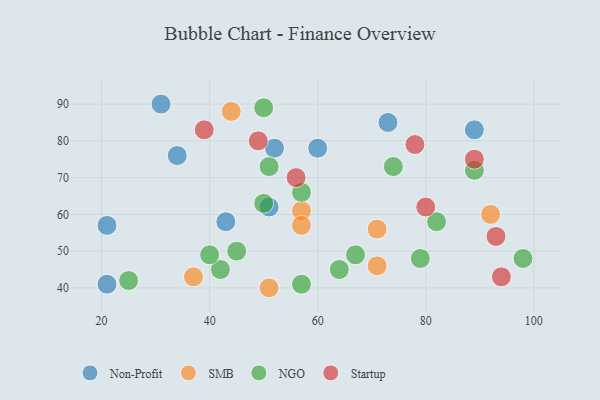
{"axis": {"x": "GDP", "y": "Life Expectancy"}, "legend": ["NGO", "Non-Profit", "SMB", "Startup"], "data": [{"x": "60", "y": 78, "type": "Non-Profit"}, {"x": "34", "y": 76, "type": "Non-Profit"}, {"x": "21", "y": 41, "type": "Non-Profit"}, {"x": "43", "y": 58, "type": "Non-Profit"}, {"x": "31", "y": 90, "type": "Non-Profit"}, {"x": "52", "y": 78, "type": "Non-Profit"}, {"x": "21", "y": 57, "type": "Non-Profit"}, {"x": "73", "y": 85, "type": "Non-Profit"}, {"x": "89", "y": 83, "type": "Non-Profit"}, {"x": "51", "y": 62, "type": "Non-Profit"}, {"x": "71", "y": 56, "type": "SMB"}, {"x": "44", "y": 88, "type": "SMB"}, {"x": "57", "y": 61, "type": "SMB"}, {"x": "51", "y": 40, "type": "SMB"}, {"x": "57", "y": 57, "type": "SMB"}, {"x": "71", "y": 46, "type": "SMB"}, {"x": "92", "y": 60, "type": "SMB"}, {"x": "37", "y": 43, "type": "SMB"}, {"x": "57", "y": 66, "type": "NGO"}, {"x": "64", "y": 45, "type": "NGO"}, {"x": "51", "y": 73, "type": "NGO"}, {"x": "50", "y": 63, "type": "NGO"}, {"x": "82", "y": 58, "type": "NGO"}, {"x": "50", "y": 89, "type": "NGO"}, {"x": "42", "y": 45, "type": "NGO"}, {"x": "25", "y": 42, "type": "NGO"}, {"x": "57", "y": 41, "type": "NGO"}, {"x": "74", "y": 73, "type": "NGO"}, {"x": "67", "y": 49, "type": "NGO"}, {"x": "98", "y": 48, "type": "NGO"}, {"x": "89", "y": 72, "type": "NGO"}, {"x": "79", "y": 48, "type": "NGO"}, {"x": "45", "y": 50, "type": "NGO"}, {"x": "40", "y": 49, "type": "NGO"}, {"x": "56", "y": 70, "type": "Startup"}, {"x": "94", "y": 43, "type": "Startup"}, {"x": "49", "y": 80, "type": "Startup"}, {"x": "93", "y": 54, "type": "Startup"}, {"x": "39", "y": 83, "type": "Startup"}, {"x": "80", "y": 62, "type": "Startup"}, {"x": "78", "y": 79, "type": "Startup"}, {"x": "89", "y": 75, "type": "Startup"}]}